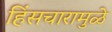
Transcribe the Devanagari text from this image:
हिंसचारामुळे